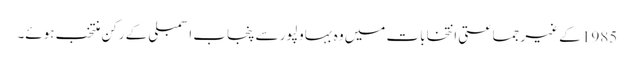
1985 کے غیر جماعتی انتخابات میں وہ بہاولپور سے پنجاب اسمبلی کے رکن منتخب ہوئے۔